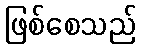
ဖြစ်စေသည်